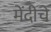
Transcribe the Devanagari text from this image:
मेंदीचे